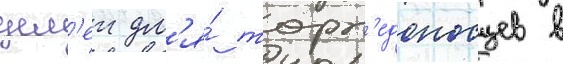
цел'еи дл'я́ торп'едоносцев в